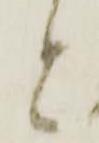
と